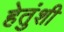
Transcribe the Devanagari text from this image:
हेतुंशी